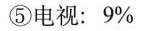
⑤电视：9%